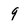
Character: 9